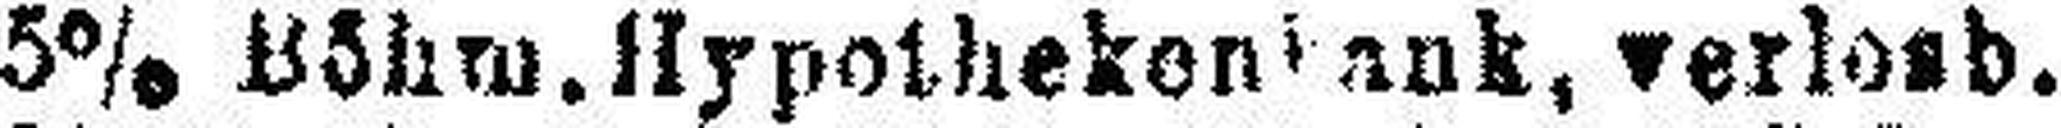
5% Böhm. Hypothekenbank, verlosb.